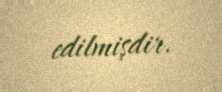
edilmişdir.